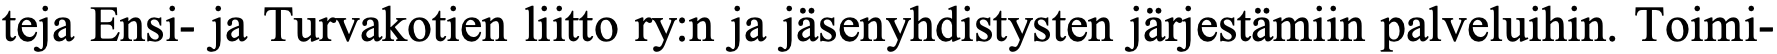
teja Ensi- ja Turvakotien liitto ry:n ja jäsenyhdistysten järjestämiin palveluihin. Toimi-